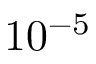
1 0 ^ { - 5 }